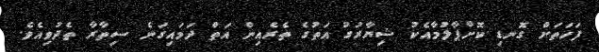
ފަހަތަށް ގޮނޑި ކޮށްޕާލުމާއެކު ޝިޔާރުގު އަތުގެ ތެރެއިން އަތް ދަމައިގަނެ ސިތާރާ ތެދުވިއެވެ.